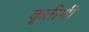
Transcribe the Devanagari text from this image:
कृतीशी